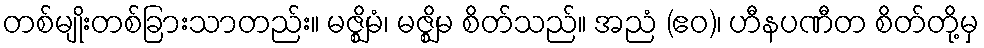
တစ်မျိုးတစ်ခြားသာတည်း။ မဇ္ဈိမံ၊ မဇ္ဈိမ စိတ်သည်။ အညံ (ဧဝ)၊ ဟီနပဏီတ စိတ်တို့မှ